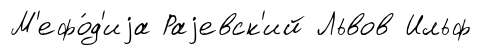
М'ефо́д'иjа Раjевск'ий Львов Ильф